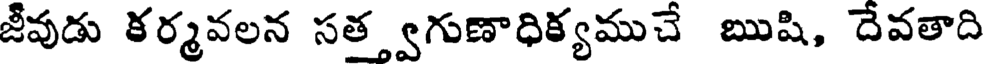
జీవుడు కర్మవలన సత్త్వగుణాధిక్యముచే ఋషి, దేవతాది